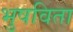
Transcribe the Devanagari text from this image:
भुषविता